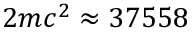
2 m c ^ { 2 } \approx 3 7 5 5 8